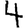
Digit: 4